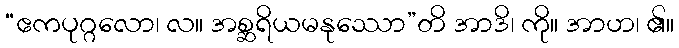
“ဧကပုဂ္ဂလော၊ လ။ အစ္ဆရိယမနုဿော”တိ အာဒိ၊ ကို။ အာဟ၊ ၏။